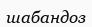
шабандоз